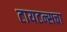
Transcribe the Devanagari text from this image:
टायटन्सचा